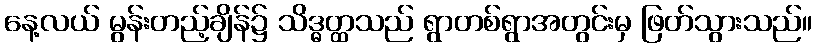
နေ့လယ် မွန်းတည့်ချိန်၌ သိဒ္ဓတ္ထသည် ရွာတစ်ရွာအတွင်းမှ ဖြတ်သွားသည်။